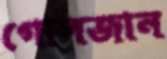
গোলজান